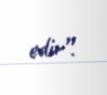
edir”.